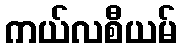
ကယ်လစီယမ်